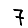
Digit: 7